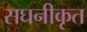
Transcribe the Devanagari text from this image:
सघनीकृत